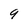
Character: 9